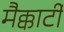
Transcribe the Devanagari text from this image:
मैक्कार्टी